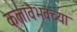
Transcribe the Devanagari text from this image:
कलावैभवच्या